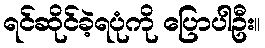
ရင်ဆိုင်ခဲ့ရပုံကို ပြောပါဦး။